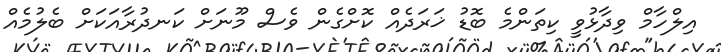
އިލްހާމް ވިދާޅުވީ ކިތަންމެ ބޮޑު ޚަރަދެއް ކޮށްގެން ވެސް މޫނަށް ކަނދުރާއަކަށް ބެލުމެއް